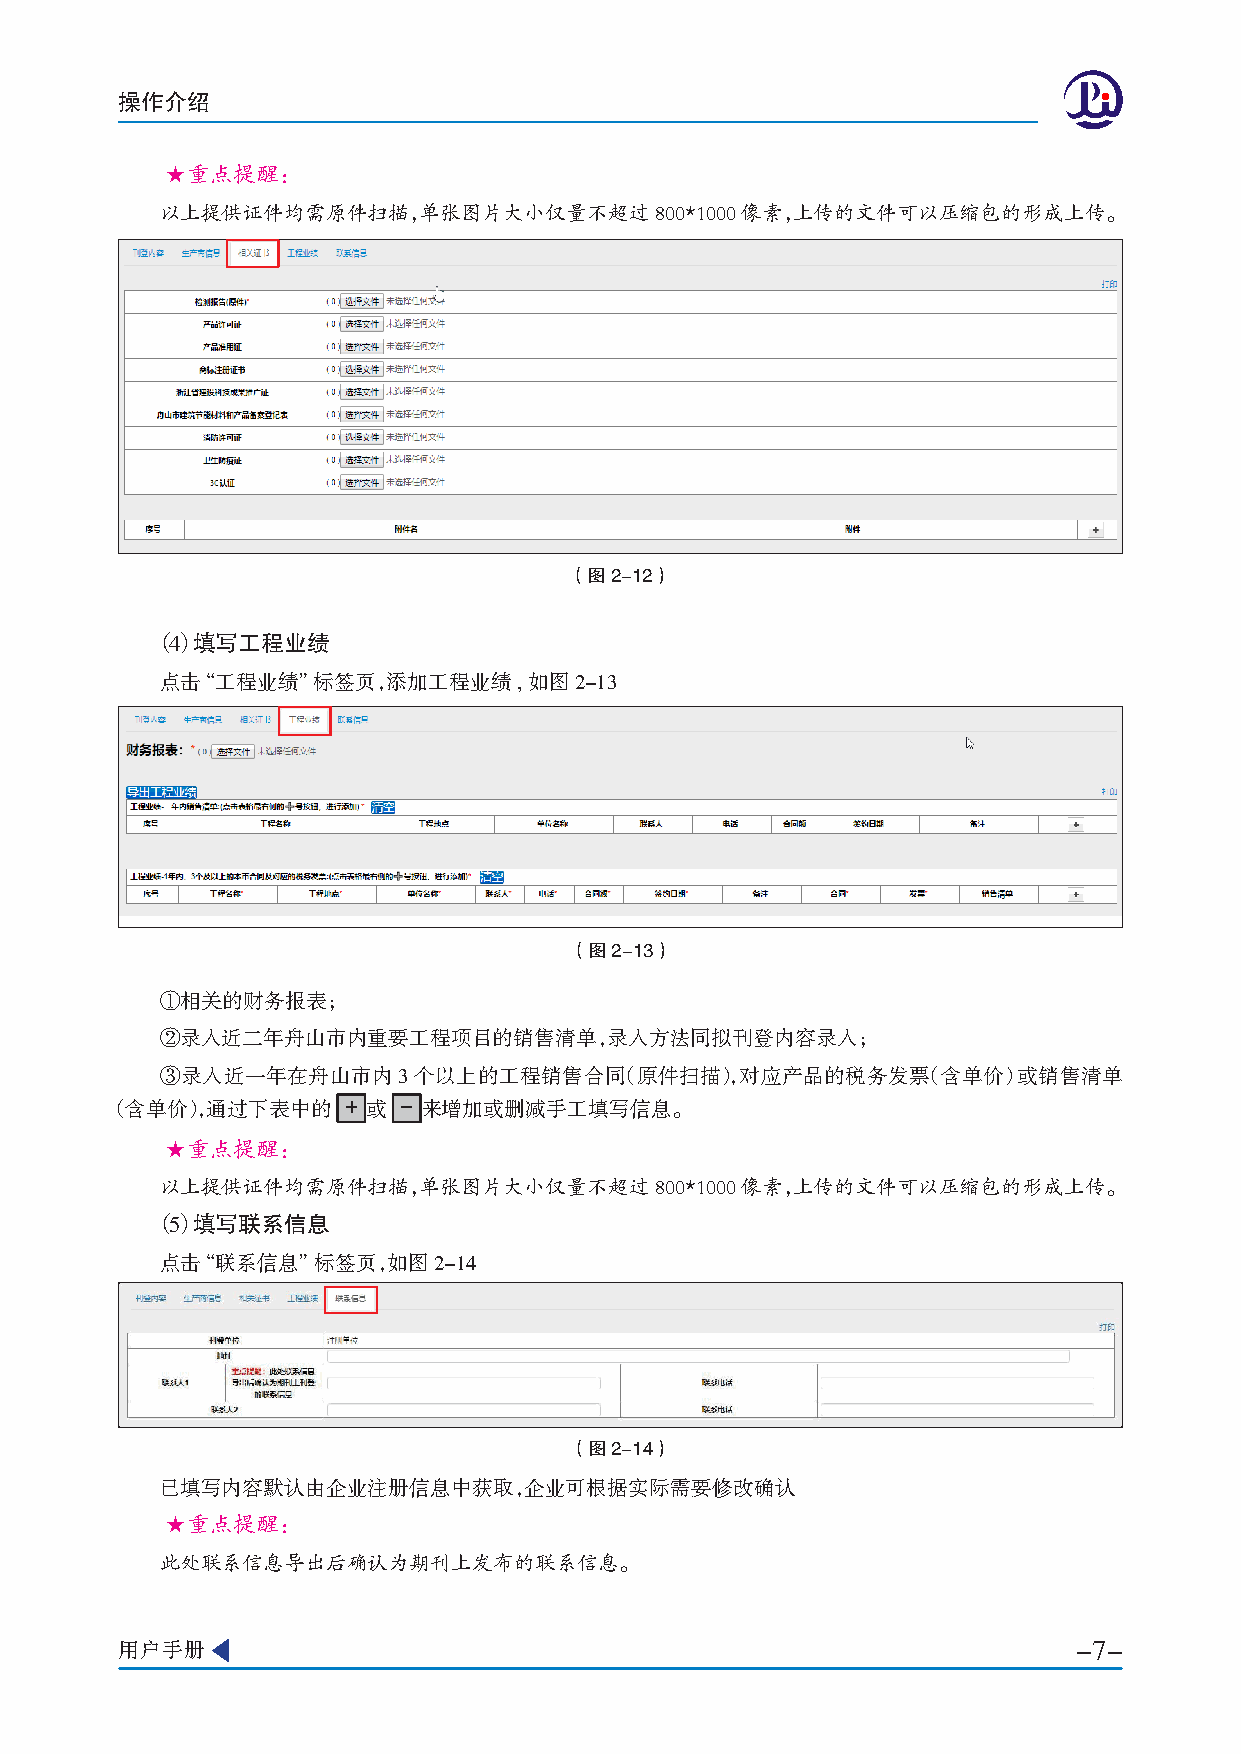
操作介绍
 ★重点提醒：
 以上提供证件均需原件扫描，单张图片大小仅量不超过800*1000像素，上传的文件可以压缩包的形成上传。
 （图2-12）
 （4） 填写工程业绩
 点击“工程业绩”标签页，添加工程业绩,如图2-13
 （图2-13）
 ①相关的财务报表；
 ②录入近二年舟山市内重要工程项目的销售清单，录入方法同拟刊登内容录入；
 ③录入近一年在舟山市内3个以上的工程销售合同（原件扫描），对应产品的税务发票（含单价）或销售清单
 （含单价），通过下表中的    + 或 - 来增加或删减手工填写信息。
 ★重点提醒：
 以上提供证件均需原件扫描，单张图片大小仅量不超过800*1000像素，上传的文件可以压缩包的形成上传。
 （5） 填写联系信息
 点击“联系信息”标签页，如图2-14
 （图2-14）
 已填写内容默认由企业注册信息中获取，企业可根据实际需要修改确认
 ★重点提醒：
 此处联系信息导出后确认为期刊上发布的联系信息。
 用户手册                                                           -7-